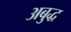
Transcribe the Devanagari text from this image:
अबुद्ध